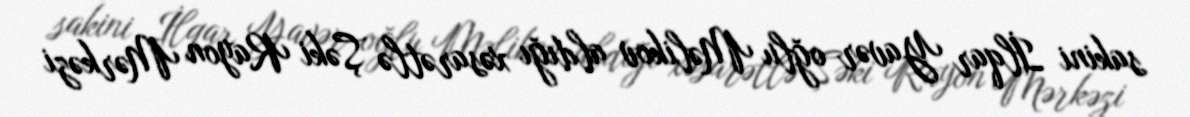
sakini İlqar Yavər oğlu Məlikov aldığı xəsarətlə Şəki Rayon Mərkəzi